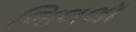
જિલલૉ